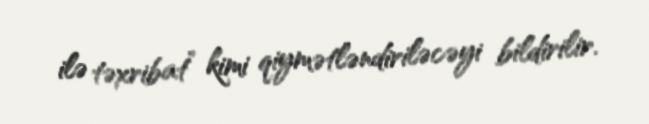
ilə təxribat” kimi qiymətləndiriləcəyi bildirilir.